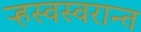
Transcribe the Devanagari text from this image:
ऱ्हस्वस्वरान्त